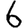
Digit: 6